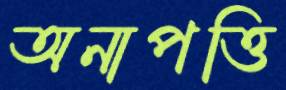
অনাপত্তি